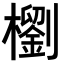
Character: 𣞗